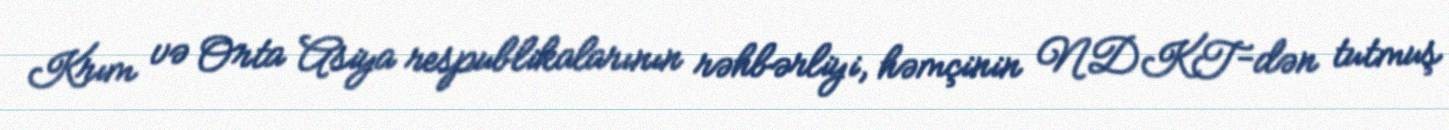
Krım və Orta Asiya respublikalarının rəhbərliyi, həmçinin NDKT-dən tutmuş